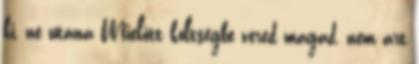
ki, ne utána Mielőtt költségbe vered magad, nem árt